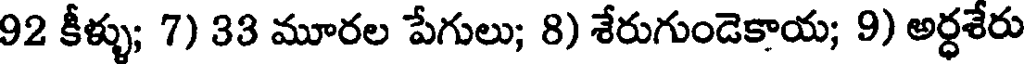
92 కీళ్ళు; 7) 33 మూరల పేగులు; 8) శేరుగుండెకాయ; 9) అర్ధశేరు